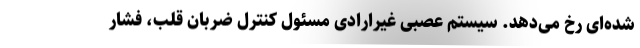
شده‌ای رخ می‌دهد. سیستم عصبی غیرارادی مسئول کنترل ضربان قلب، فشار